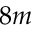
8 m